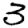
Digit: 3